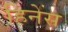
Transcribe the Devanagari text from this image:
हिनेस